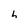
Character: h